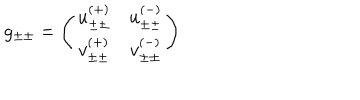
g _ { \pm \pm } = \left( \begin{array} { c c } { { u _ { \pm \pm } ^ { ( + ) } } } & { { u _ { \pm \pm } ^ { ( - ) } } } \\ { { v _ { \pm \pm } ^ { ( + ) } } } & { { v _ { \pm \pm } ^ { ( - ) } } } \\ \end{array} \right)